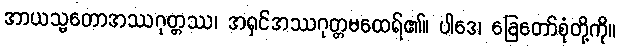
အာယသ္မတောအဿဂုတ္တဿ၊ အရှင်အဿဂုတ္တမထေရ်၏။ ပါဒေ၊ ခြေတော်စုံတို့ကို။